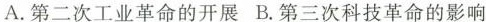
A.第二次工业革命的开展 B.第三次科技革命的影响